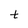
Character: t